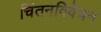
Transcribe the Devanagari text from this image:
चिंतनविवेचन